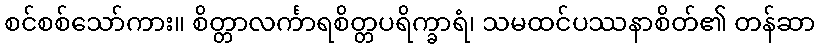
စင်စစ်သော်ကား။ စိတ္တာလင်္ကာရစိတ္တပရိက္ခာရံ၊ သမထင်ပဿနာစိတ်၏ တန်ဆာ